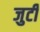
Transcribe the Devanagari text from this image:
जुटीं